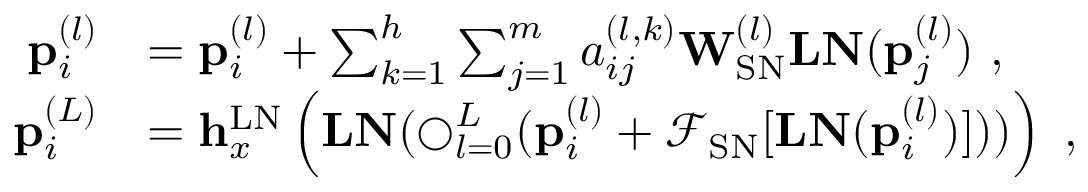
\begin{array} { r l } { \mathbf { p } _ { i } ^ { ( l ) } } & { = \mathbf { p } _ { i } ^ { ( l ) } + \sum _ { k = 1 } ^ { h } \sum _ { j = 1 } ^ { m } a _ { i j } ^ { ( l , k ) } \mathbf { W } _ { \mathrm { S N } } ^ { ( l ) } \mathbf { L N } ( \mathbf { p } _ { j } ^ { ( l ) } ) ~ , } \\ { \mathbf { p } _ { i } ^ { ( L ) } } & { = \mathbf { h } _ { x } ^ { \mathrm { L N } } \left( \mathbf { L N } ( \mathbf { \bigcirc } _ { l = 0 } ^ { L } ( \mathbf { p } _ { i } ^ { ( l ) } + \mathcal { F } _ { \mathrm { S N } } [ \mathbf { L N } ( \mathbf { p } _ { i } ^ { ( l ) } ) ] ) ) \right) ~ , } \end{array}